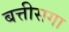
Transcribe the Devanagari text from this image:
बत्तीसगा